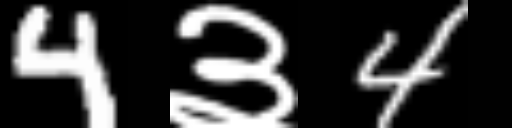
Text: 4३4